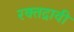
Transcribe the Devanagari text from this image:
रक्तद्रावी